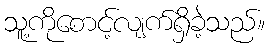
သူ့ကိုစောင့်လျက်ရှိခဲ့သည်။